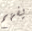
يفهم